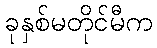
ခုနှစ်မတိုင်မီက